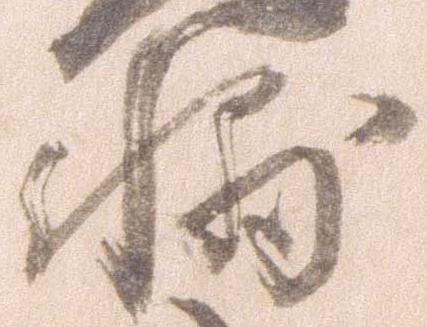
輔